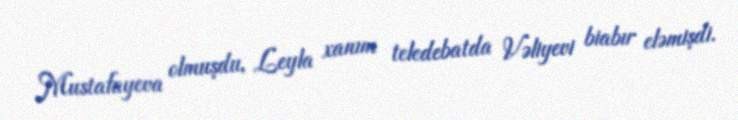
Mustafayeva olmuşdu, Leyla xanım teledebatda Vəliyevi biabır eləmişdi.